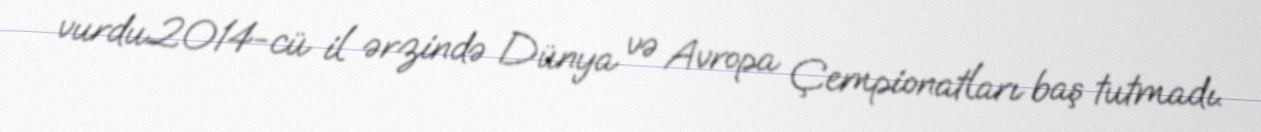
vurdu.2014-cü il ərzində Dünya və Avropa Çempionatları baş tutmadı.